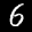
Digit: 6